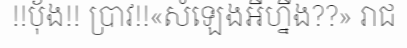
!!ប៉័ង!! ប្រាវ!!«សំឡេងអីហ្នឹង??» រាជ